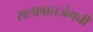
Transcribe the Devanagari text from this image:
सलाबातजंगची